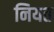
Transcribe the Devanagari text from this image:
नियत